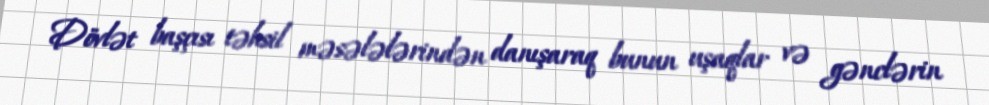
Dövlət başçısı təhsil məsələlərindən danışaraq bunun uşaqlar və gənclərin